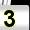
Digit: 3